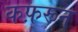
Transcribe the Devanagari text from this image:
कफ़रून